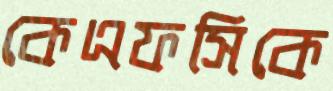
কেএফসিকে